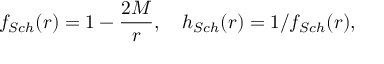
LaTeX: f _ { S c h } ( r ) = 1 - \frac { 2 M } { r } , \ \ \ h _ { S c h } ( r ) = 1 / f _ { S c h } ( r ) ,